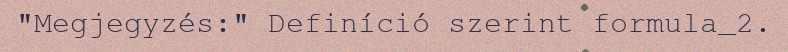
"Megjegyzés:" Definíció szerint formula_2.